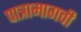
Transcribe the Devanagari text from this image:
पात्रामागची